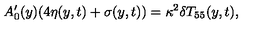
A _ { 0 } ^ { \prime } ( y ) ( 4 \eta ( y , t ) + \sigma ( y , t ) ) = \kappa ^ { 2 } \delta T _ { 5 5 } ( y , t ) ,